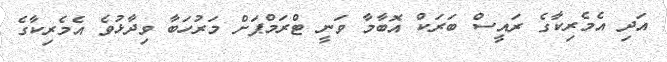
އަދި އެމެރިކާގެ ރައީސް ބަރަކް އޮބާމާ ވަނީ ޓްރަމްޕަށް މަރުހަބާ ވިދާޅުވެ އެމެރިކާގެ